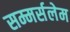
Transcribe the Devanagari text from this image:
सम्मर्सलेम